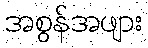
အစွန်အဖျား